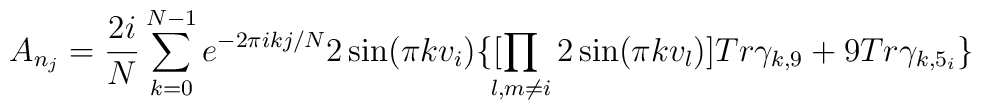
A_{n_j}= \frac{2i}{N}\sum_{k=0}^{N-1}e^{-2\pi i  kj/N}2\sin(\pi  kv_i)\{ [\!\! \prod_{l, m \not= i} 2 \sin ( \pi k  v_l ) ] Tr\gamma_{k,9} +9 Tr \gamma_{k, 5_i}\}